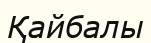
Қайбалы